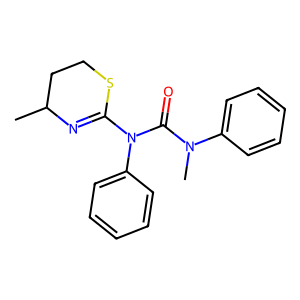
SMILES: CC1CCSC(N(C(=O)N(C)c2ccccc2)c2ccccc2)=N1
Inhibits HIV replication: No